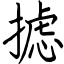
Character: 摅